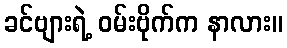
ခင်ဗျားရဲ့ ဝမ်းဗိုက်က နာလား။